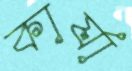
কার্যা